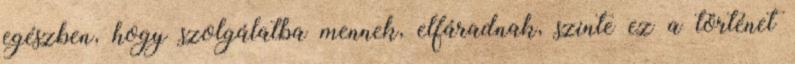
egészben, hogy szolgálatba mennek, elfáradnak, szinte ez a történet